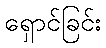
ရှောင်ခြင်း